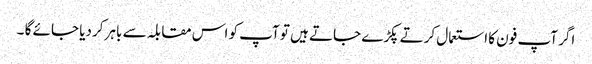
اگر آپ فون کا استعمال کرتے پکڑے جاتے ہیں تو آپ کو اس مقابلہ سے باہر کردیا جائے گا ۔